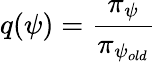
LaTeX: q(\psi)=\frac{\pi_{\psi}}{\pi_{\psi_{old}}}